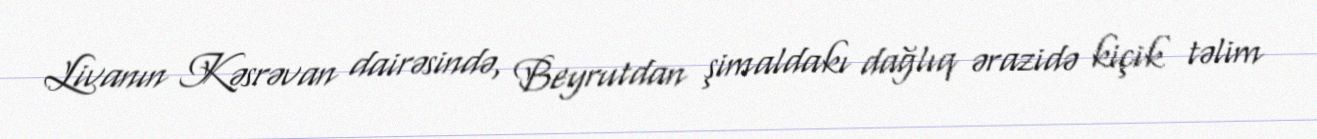
Livanın Kəsrəvan dairəsində, Beyrutdan şimaldakı dağlıq ərazidə kiçik təlim